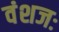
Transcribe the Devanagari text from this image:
वंशजः